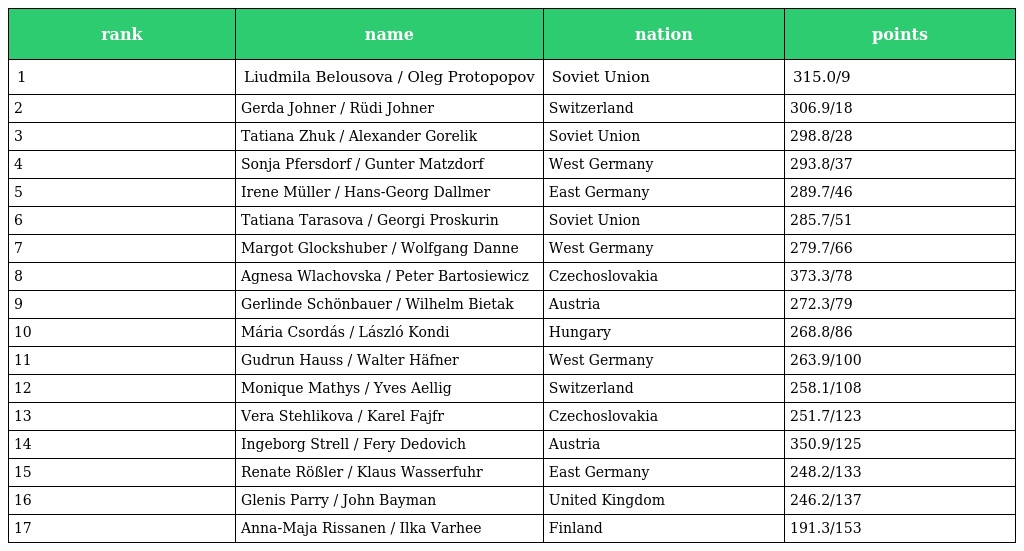
| rank | name | nation | points |
 | --- | --- | --- | --- |
 | 1 | Liudmila Belousova / Oleg Protopopov | Soviet Union | 315.0/9 |
 | 2 | Gerda Johner / Rüdi Johner | Switzerland | 306.9/18 |
 | 3 | Tatiana Zhuk / Alexander Gorelik | Soviet Union | 298.8/28 |
 | 4 | Sonja Pfersdorf / Gunter Matzdorf | West Germany | 293.8/37 |
 | 5 | Irene Müller / Hans-Georg Dallmer | East Germany | 289.7/46 |
 | 6 | Tatiana Tarasova / Georgi Proskurin | Soviet Union | 285.7/51 |
 | 7 | Margot Glockshuber / Wolfgang Danne | West Germany | 279.7/66 |
 | 8 | Agnesa Wlachovska / Peter Bartosiewicz | Czechoslovakia | 373.3/78 |
 | 9 | Gerlinde Schönbauer / Wilhelm Bietak | Austria | 272.3/79 |
 | 10 | Mária Csordás / László Kondi | Hungary | 268.8/86 |
 | 11 | Gudrun Hauss / Walter Häfner | West Germany | 263.9/100 |
 | 12 | Monique Mathys / Yves Aellig | Switzerland | 258.1/108 |
 | 13 | Vera Stehlikova / Karel Fajfr | Czechoslovakia | 251.7/123 |
 | 14 | Ingeborg Strell / Fery Dedovich | Austria | 350.9/125 |
 | 15 | Renate Rößler / Klaus Wasserfuhr | East Germany | 248.2/133 |
 | 16 | Glenis Parry / John Bayman | United Kingdom | 246.2/137 |
 | 17 | Anna-Maja Rissanen / Ilka Varhee | Finland | 191.3/153 |